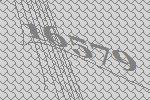
16579